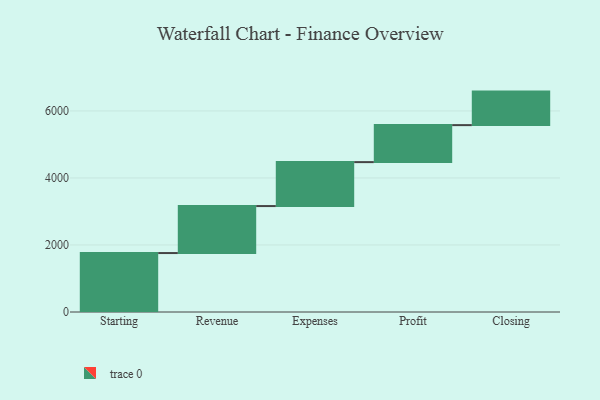
{"axis": {"x": "Step", "y": "Value"}, "legend": [""], "data": [{"x": "Starting", "y": 1759.0, "type": ""}, {"x": "Revenue", "y": 1402.0, "type": ""}, {"x": "Expenses", "y": 1311.0, "type": ""}, {"x": "Profit", "y": 1104.0, "type": ""}, {"x": "Closing", "y": 1000, "type": ""}]}